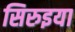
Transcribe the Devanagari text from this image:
सिरुइया